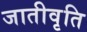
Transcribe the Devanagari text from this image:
जातीवृति